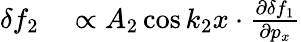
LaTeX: \begin{array}{rl}{\delta f_{2}}&{{}\propto A_{2}\cos k_{2}x\cdot\frac{\partial\delta f_{1}}{\partial p_{x}}}\end{array}